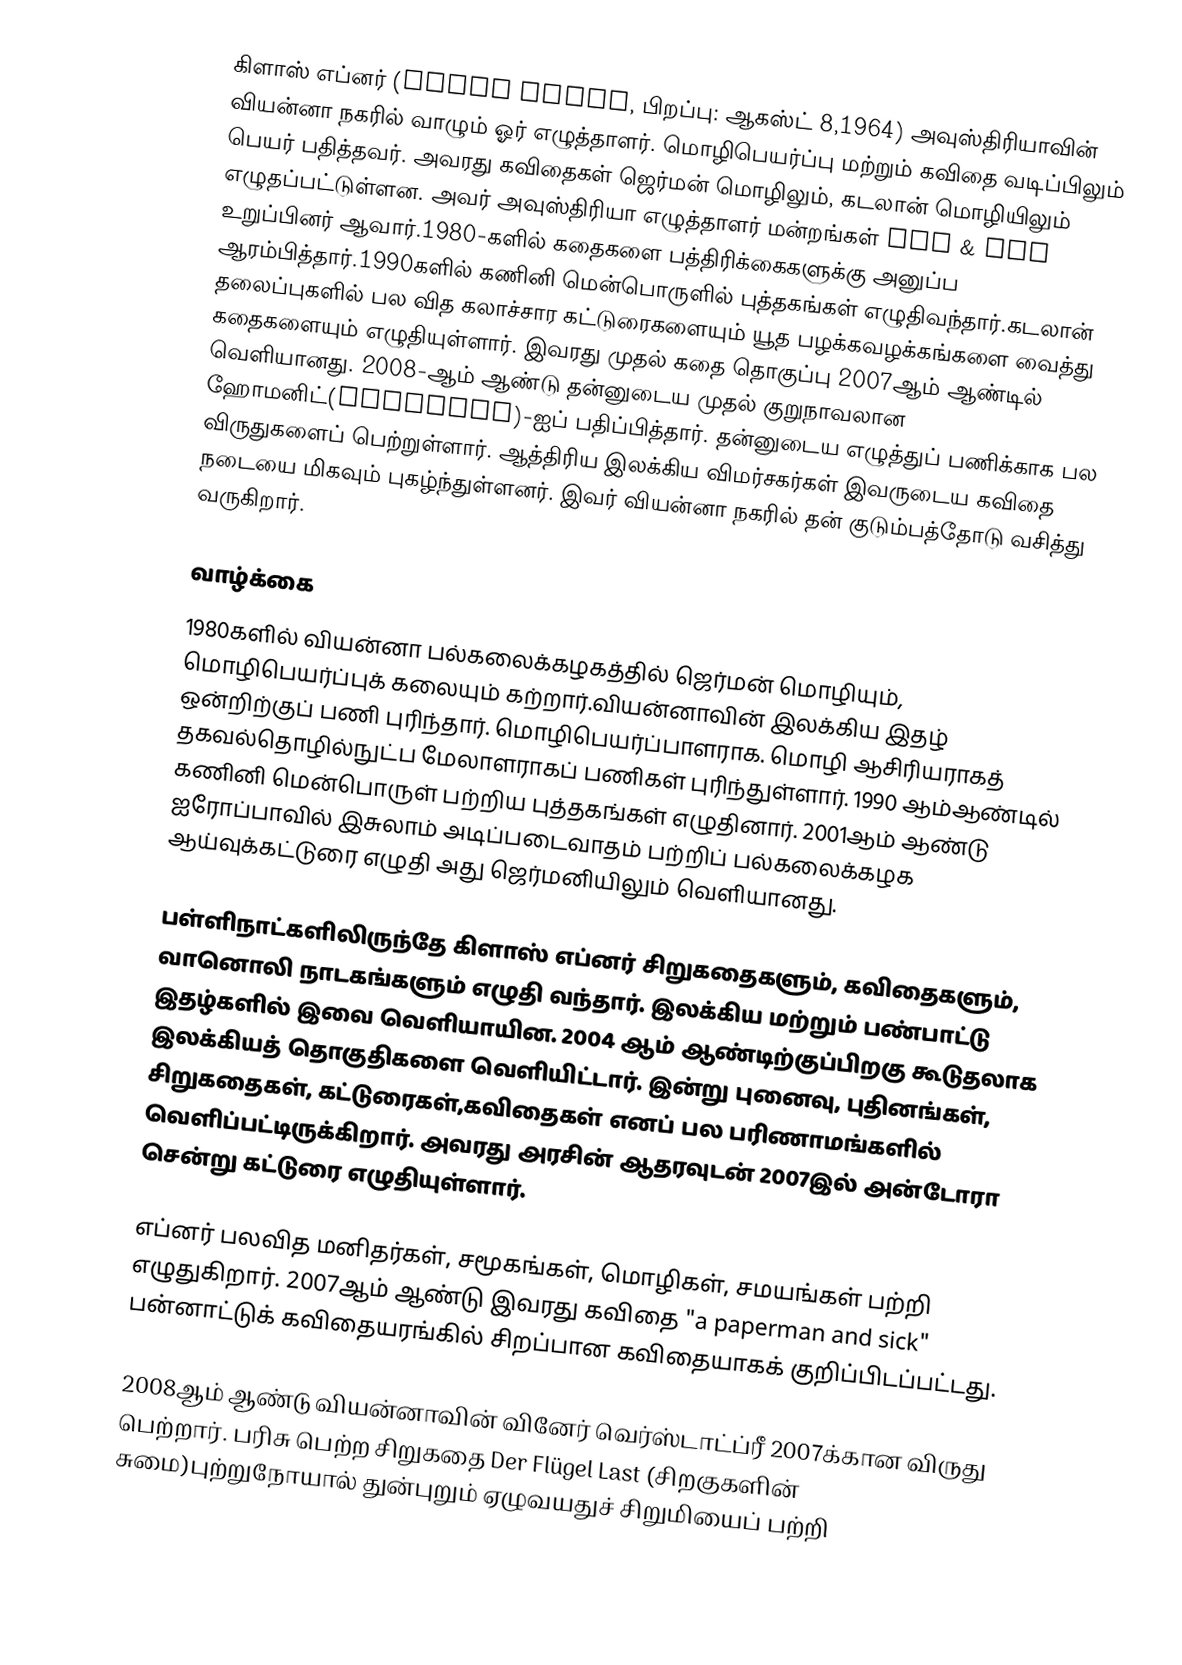
கிளாஸ் எப்னர் (Klaus Ebner, பிறப்பு: ஆகஸ்ட் 8,1964) அவுஸ்திரியாவின் வியன்னா நகரில் வாழும் ஓர் எழுத்தாளர். மொழிபெயர்ப்பு மற்றும் கவிதை வடிப்பிலும் பெயர் பதித்தவர். அவரது கவிதைகள் ஜெர்மன் மொழிலும், கடலான் மொழியிலும் எழுதப்பட்டுள்ளன. அவர் அவுஸ்திரியா எழுத்தாளர் மன்றங்கள் GAV & OSV உறுப்பினர் ஆவார்.1980-களில் கதைகளை பத்திரிக்கைகளுக்கு அனுப்ப ஆரம்பித்தார்.1990களில் கணினி மென்பொருளில் புத்தகங்கள் எழுதிவந்தார்.கடலான் தலைப்புகளில் பல வித கலாச்சார கட்டுரைகளையும் யூத பழக்கவழக்கங்களை வைத்து கதைகளையும் எழுதியுள்ளார். இவரது முதல் கதை தொகுப்பு 2007ஆம் ஆண்டில் வெளியானது. 2008-ஆம் ஆண்டு தன்னுடைய முதல் குறுநாவலான ஹோமனிட்(Homonide)-ஐப் பதிப்பித்தார். தன்னுடைய எழுத்துப் பணிக்காக பல விருதுகளைப் பெற்றுள்ளார். ஆத்திரிய இலக்கிய விமர்சகர்கள் இவருடைய கவிதை நடையை மிகவும் புகழ்ந்துள்ளனர். இவர் வியன்னா நகரில் தன் குடும்பத்தோடு வசித்து வருகிறார்.

வாழ்க்கை
1980களில் வியன்னா பல்கலைக்கழகத்தில் ஜெர்மன் மொழியும், மொழிபெயர்ப்புக் கலையும் கற்றார்.வியன்னாவின் இலக்கிய இதழ் ஒன்றிற்குப் பணி புரிந்தார். மொழிபெயர்ப்பாளராக. மொழி ஆசிரியராகத் தகவல்தொழில்நுட்ப மேலாளராகப் பணிகள் புரிந்துள்ளார். 1990 ஆம்ஆண்டில் கணினி மென்பொருள் பற்றிய புத்தகங்கள் எழுதினார். 2001ஆம் ஆண்டு ஐரோப்பாவில் இசுலாம் அடிப்படைவாதம் பற்றிப் பல்கலைக்கழக ஆய்வுக்கட்டுரை எழுதி அது ஜெர்மனியிலும் வெளியானது.

பள்ளிநாட்களிலிருந்தே கிளாஸ் எப்னர் சிறுகதைகளும், கவிதைகளும், வானொலி நாடகங்களும் எழுதி வந்தார். இலக்கிய மற்றும் பண்பாட்டு இதழ்களில் இவை வெளியாயின. 2004 ஆம் ஆண்டிற்குப்பிறகு கூடுதலாக இலக்கியத் தொகுதிகளை வெளியிட்டார். இன்று புனைவு, புதினங்கள், சிறுகதைகள், கட்டுரைகள்,கவிதைகள் எனப் பல பரிணாமங்களில் வெளிப்பட்டிருக்கிறார். அவரது அரசின் ஆதரவுடன் 2007இல் அன்டோரா சென்று கட்டுரை எழுதியுள்ளார்.

எப்னர் பலவித மனிதர்கள், சமூகங்கள், மொழிகள், சமயங்கள் பற்றி எழுதுகிறார். 2007ஆம் ஆண்டு இவரது கவிதை "a paperman and sick" பன்னாட்டுக் கவிதையரங்கில் சிறப்பான கவிதையாகக் குறிப்பிடப்பட்டது.

2008ஆம் ஆண்டு வியன்னாவின் வினேர் வெர்ஸ்டாட்ப்ரீ 2007க்கான விருது பெற்றார். பரிசு பெற்ற சிறுகதை Der Flügel Last (சிறகுகளின் சுமை)புற்றுநோயால் துன்புறும் ஏழுவயதுச் சிறுமியைப் பற்றி